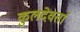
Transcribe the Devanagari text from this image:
कुलदेवतां